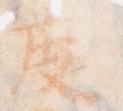
度